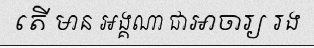
តើ មាន អង្គណា ជាឤចារ្យ រង